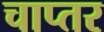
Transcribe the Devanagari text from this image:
चाप्तर